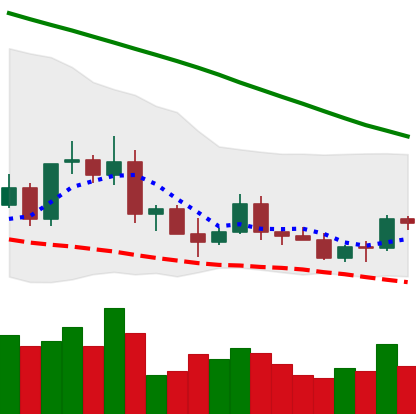
Ticker: ETC-USD
Chart end date: 2022-03-17
Forward return: 69.226%
Label: up_7plus